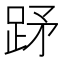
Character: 䟥